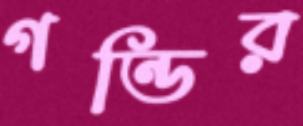
গন্ডির